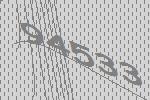
94533